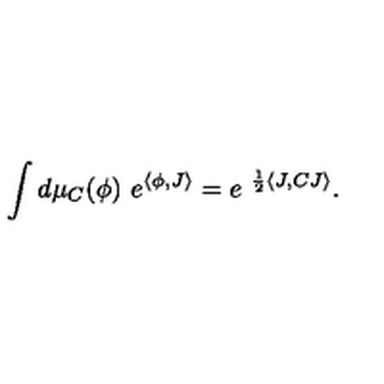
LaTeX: \int d \mu _ { C } ( \phi ) \ e ^ { \langle \phi , J \rangle } = e ^ { \ \frac { 1 } { 2 } \langle J , C J \rangle } .